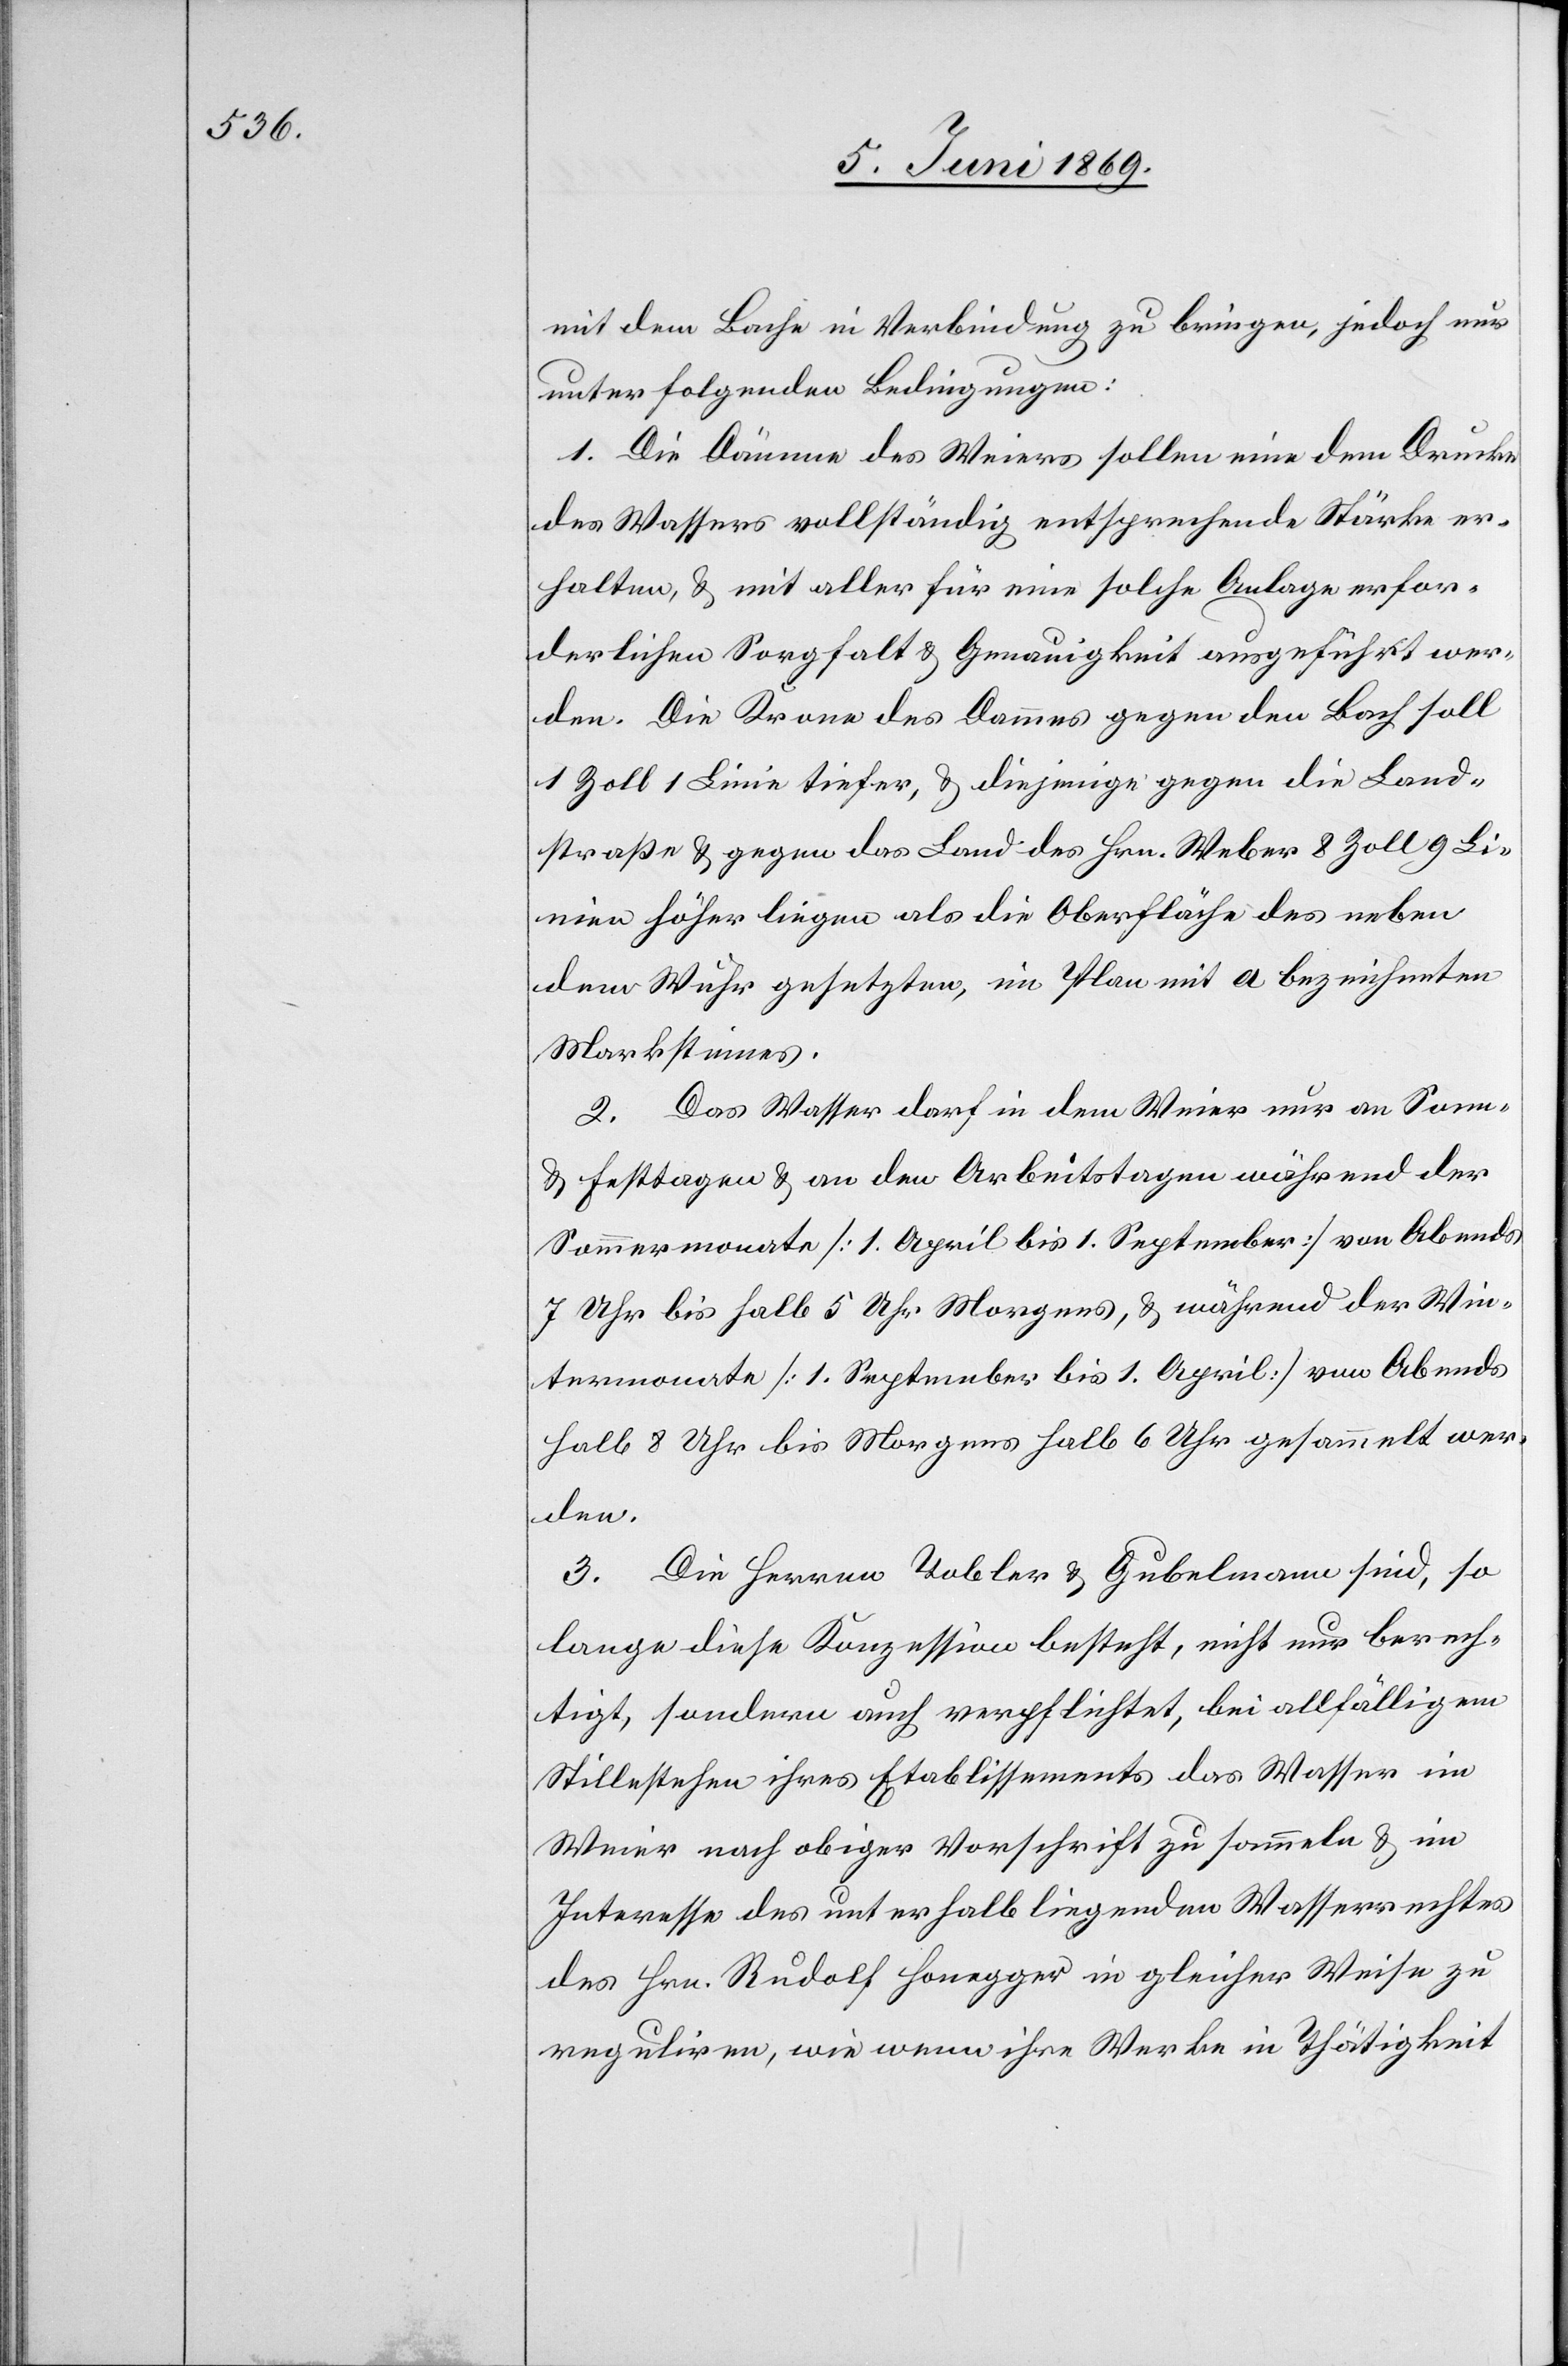
mit dem Bache in Verbindung zu bringen, jedoch nur
unter folgenden Bedingungen:
1. Die Dämme des Weiers sollen eine dem Drucke
des Wassers vollständig entsprechende Stärke er¬
halten, u. mit aller für eine solche Anlage erfor¬
derlichen Sorgfalt u. Genauigkeit ausgeführt wer¬
den. Die Krone des Dammes gegen den Bach soll
1 Zoll 1 Linie tiefer, u. diejenige gegen die Land¬
straße u. gegen das Land des Hrn. Weber 8 Zoll 9 Li¬
nien höher liegen als die Oberfläche des neben
dem Wuhr gesetzten, im Plan mit a bezeichneten
Marksteines.
2. Das Wasser darf in dem Weier nur an Sonnt¬
u. Festtagen u. an den Arbeitstagen während der
Sommermonat [1 April bis 1 September] von Abends
7 Uhr bis halb 5 Uhr Morgens, u. während der Win¬
termonate [1 September bis 1 April] von Abends
halb 8 Uhr bis Morgens halb 6 Uhr gesammelt wer¬
den.
3. Die Herren Tobler u. Gubelmann sind, so
lange diese Konzession besteht, nicht nur berech¬
tigt, sondern auch verpflichtet, bei allfälligem
Stillstehen ihres Etablissements das Wasser im
Weier nach obiger Vorschrift zu sammeln u. im
Interesse des unterhalb liegenden Wasserrechtes
des Hrn. Rudolf Honegger in gleicher Weise zu
reguliren, wie wenn ihre Werke in Thätigkeit